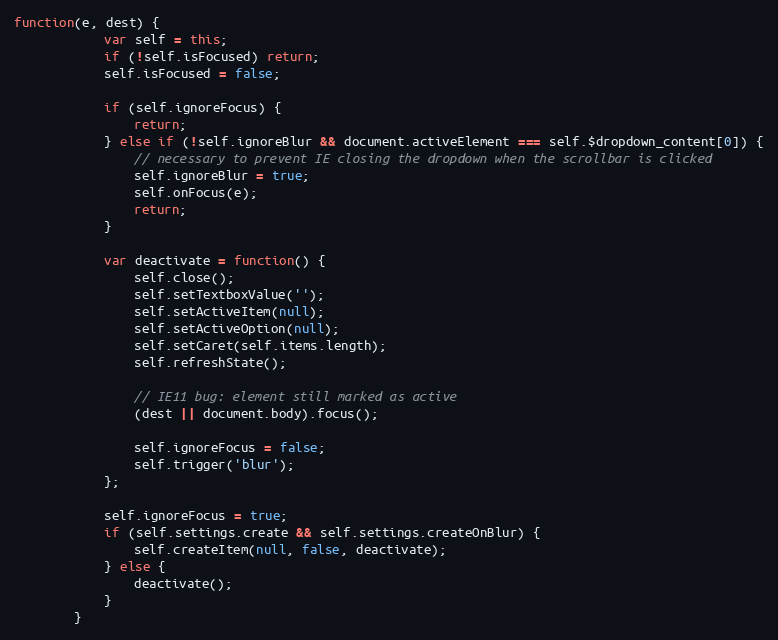
Language: JavaScript
function(e, dest) {
			var self = this;
			if (!self.isFocused) return;
			self.isFocused = false;

			if (self.ignoreFocus) {
				return;
			} else if (!self.ignoreBlur && document.activeElement === self.$dropdown_content[0]) {
				// necessary to prevent IE closing the dropdown when the scrollbar is clicked
				self.ignoreBlur = true;
				self.onFocus(e);
				return;
			}

			var deactivate = function() {
				self.close();
				self.setTextboxValue('');
				self.setActiveItem(null);
				self.setActiveOption(null);
				self.setCaret(self.items.length);
				self.refreshState();

				// IE11 bug: element still marked as active
				(dest || document.body).focus();

				self.ignoreFocus = false;
				self.trigger('blur');
			};

			self.ignoreFocus = true;
			if (self.settings.create && self.settings.createOnBlur) {
				self.createItem(null, false, deactivate);
			} else {
				deactivate();
			}
		}